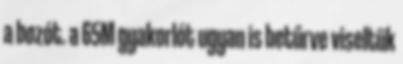
a bozót. a 65M gyakorlót ugyan is betűrve viseltük